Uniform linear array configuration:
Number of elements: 24
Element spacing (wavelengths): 0.5
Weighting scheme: hamming
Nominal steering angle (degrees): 0
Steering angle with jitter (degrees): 0.5277
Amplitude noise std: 0.05
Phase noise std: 0.05

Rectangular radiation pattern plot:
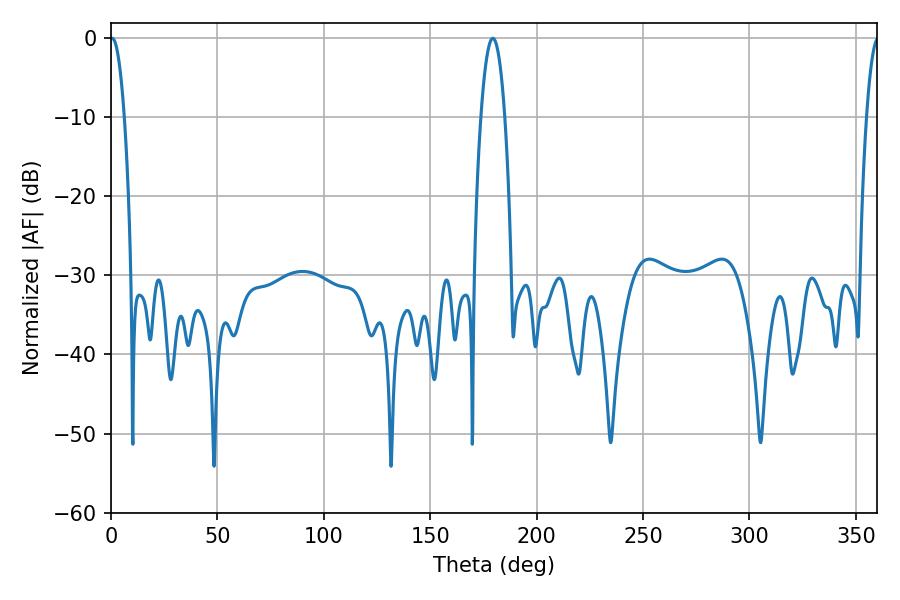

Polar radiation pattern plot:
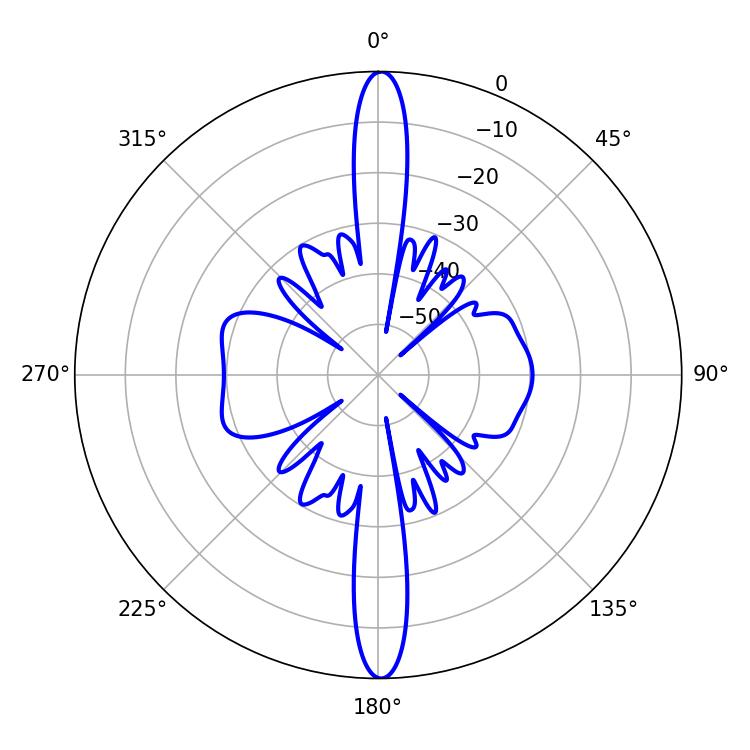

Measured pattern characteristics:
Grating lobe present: FALSE
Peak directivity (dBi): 30.088
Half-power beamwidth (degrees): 3.6
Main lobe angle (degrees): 0.54